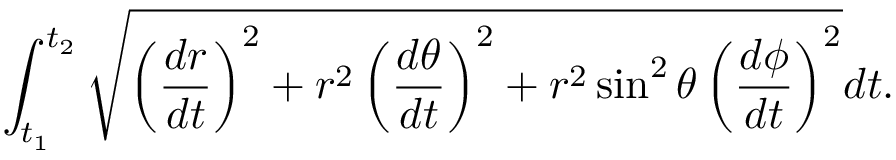
\int _ { t _ { 1 } } ^ { t _ { 2 } } { \sqrt { \left( { \frac { d r } { d t } } \right) ^ { 2 } + r ^ { 2 } \left( { \frac { d \theta } { d t } } \right) ^ { 2 } + r ^ { 2 } \sin ^ { 2 } \theta \left( { \frac { d \phi } { d t } } \right) ^ { 2 } } } d t .